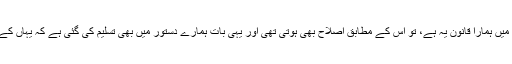
اگر اس میں کہیں کوتاہی بھی ہوتی تھی تو بتایا جاتاتھا کہ اس میں ہمارا قانون یہ ہے، تو اس کے مطابق اصلاح بھی ہوتی تھی اور یہی بات ہمارے دستور میں بھی تسلیم کی گئی ہے کہ یہاں کے ہر گروہ کو اپنے پرسنل لا پر عمل کرنے کا حق حاصل ہے۔